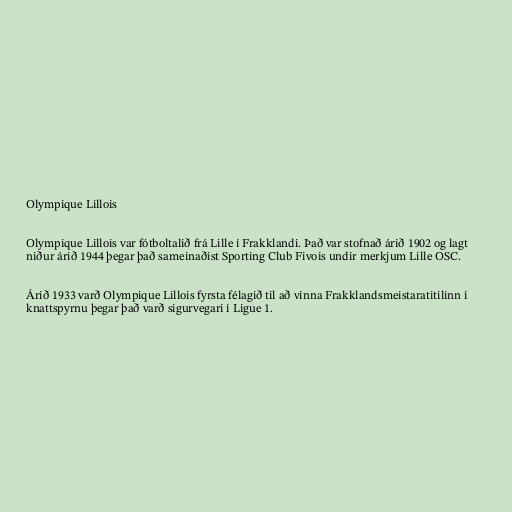
Olympique Lillois

Olympique Lillois var fótboltalið frá Lille í Frakklandi. Það var stofnað árið 1902 og lagt
niður árið 1944 þegar það sameinaðist Sporting Club Fivois undir merkjum Lille OSC.

Árið 1933 varð Olympique Lillois fyrsta félagið til að vinna Frakklandsmeistaratitilinn í
knattspyrnu þegar það varð sigurvegari í Ligue 1.